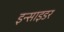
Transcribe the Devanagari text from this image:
इन्साइडर